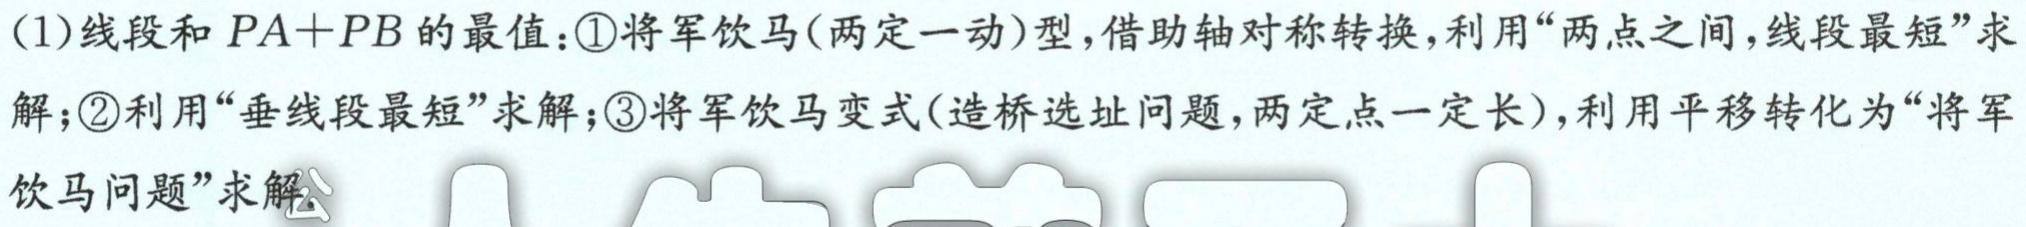
(1)线段和 \(PA + PB\) 的最值：\textcircled{1}将军饮马(两定一动)型，借助轴对称转换，利用“两点之间，线段最短”求解；\textcircled{2}利用“垂线段最短”求解；\textcircled{3}将军饮马变式(造桥选址问题，两定点一定长)，利用平移转化为“将军饮马问题”求解。